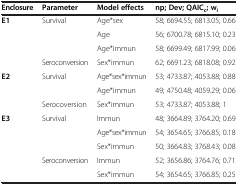
| Enclosure | Parameter | Model effects | np; Dev; QAICc; wi |
 | --- | --- | --- | --- |
 | E1 | Survival | Age*sex | 58; 6694.55; 6813.05; 0.66 |
 |  |  | Age | 56; 6700.78; 6815.10; 0.23 |
 |  |  | Age*immun | 58; 6699.49; 6817.99; 0.06 |
 |  | Seroconversion | Sex*immun | 62; 6691.23; 6818.08; 0.92 |
 | E2 | Survival | Age*sex*immun | 53; 4733.87; 4053.88; 0.88 |
 |  |  | Age*immun | 49; 4750.48; 4059.29; 0.06 |
 |  | Serocoversion | Sex*immun | 53; 4733.87; 4053.88; 1 |
 | E3 | Survival | Immun | 48; 3664.89; 3764.20; 0.69 |
 |  |  | Age*sex*immun | 54; 3654.65; 3766.85; 0.18 |
 |  |  | Sex*immun | 50; 3664.83; 3768.43; 0.08 |
 |  | Seroconversion | Immun | 52; 3656.86; 3764.76; 0.71 |
 |  |  | Sex*immun | 54; 3654.65; 3766.85; 0.25 |